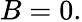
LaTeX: B=0.